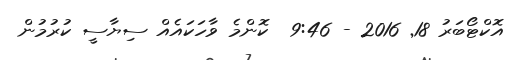
އޮކްޓޯބަރު 18